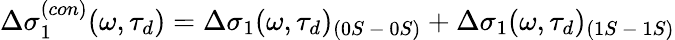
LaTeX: \Delta\sigma_{1}^{(con)}(\omega,\tau_{d})=\Delta\sigma_{1}(\omega,\tau_{d})_{(0S\mathrm{~-~}0S)}+\Delta\sigma_{1}(\omega,\tau_{d})_{(1S\mathrm{~-~}1S)}